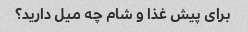
برای پیش غذا و شام چه میل دارید؟